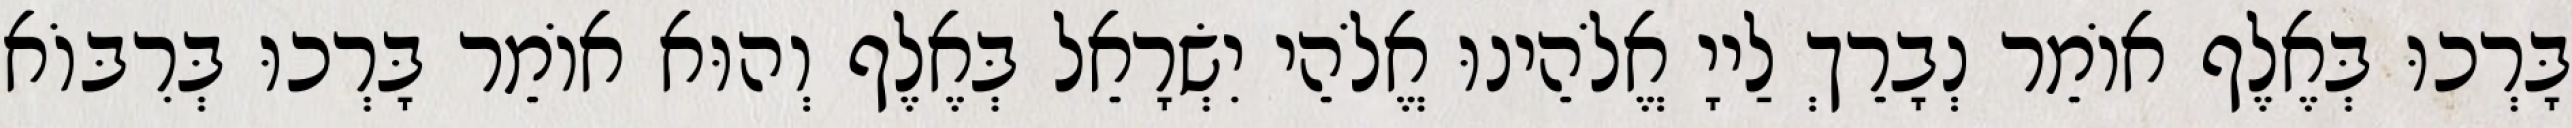
בָּרְכוּ בְּאֶלֶף אוֹמֵר נְבָרֵךְ לַייָ אֱלֹהֵינוּ אֱלֹהֵי יִשְׂרָאֵל בְּאֶלֶף וְהוּא אוֹמֵר בָּרְכוּ בְּרִבּוֹא